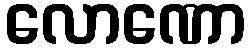
လောဏော